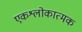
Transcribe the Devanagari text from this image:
एकश्लोकात्मक